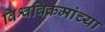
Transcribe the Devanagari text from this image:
विश्वविक्रमांच्या